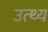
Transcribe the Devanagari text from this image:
उत्थ्य